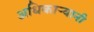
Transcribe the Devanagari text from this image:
अधिकाऱ्यानी